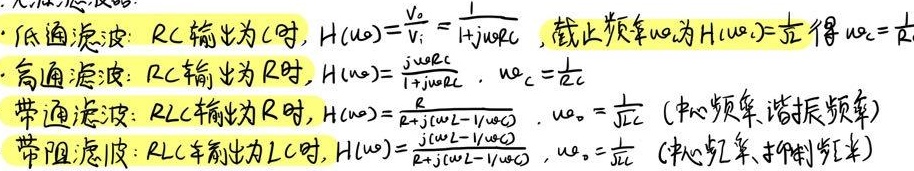
- 低通滤波：\(RC\)输出为\(C\)时，\(H(\mathrm{j}\omega)=\frac{V_{\mathrm{o}}}{V_{\mathrm{i}}}=\frac{1}{1 + \mathrm{j}\omega RC}\)，截止频率\(\omega_{\mathrm{c}}\)为\(\left|H(\mathrm{j}\omega_{\mathrm{c}})\right|=\frac{1}{\sqrt{2}}\)得\(\omega_{\mathrm{c}}=\frac{1}{RC}\)
- 高通滤波：\(RC\)输出为\(R\)时，\(H(\mathrm{j}\omega)=\frac{\mathrm{j}\omega RC}{1 + \mathrm{j}\omega RC}\) ，\(\omega_{\mathrm{c}}=\frac{1}{RC}\)
- 带通滤波：\(RLC\)输出为\(R\)时，\(H(\mathrm{j}\omega)=\frac{\mathrm{j}\omega (L/C)}{R\mathrm{j}\omega + (\omega^{2}L - 1/\omega C)}\) ，\(\omega_{0} = \frac{1}{\sqrt{LC}}\)（中心频率、谐振频率）
- 带阻滤波：\(RLC\)输出为\(LC\)时，\(H(\mathrm{j}\omega)=\frac{\mathrm{j}\omega (L/C - 1/(\omega^{2}C^{2}))}{R\mathrm{j}\omega + (\omega^{2}L - 1/\omega C)}\) ，\(\omega_{0} = \frac{1}{\sqrt{LC}}\)（中心频率、抑制频率）